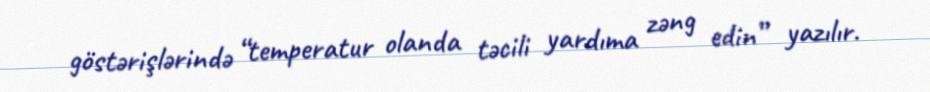
göstərişlərində “temperatur olanda təcili yardıma zəng edin” yazılır.